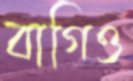
বাগিও